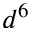
d ^ { 6 }